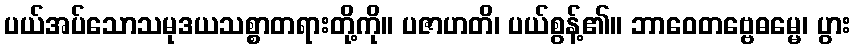
ပယ်အပ်သောသမုဒယသစ္စာတရားတို့ကို။ ပဇာဟတိ၊ ပယ်စွန့်၏။ ဘာဝေတဗ္ဗေဓမ္မေ၊ ပွား